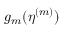
g _ { m } ( \boldsymbol { \eta } ^ { ( m ) } )